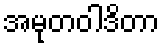
အမုတဝါဒိတာ